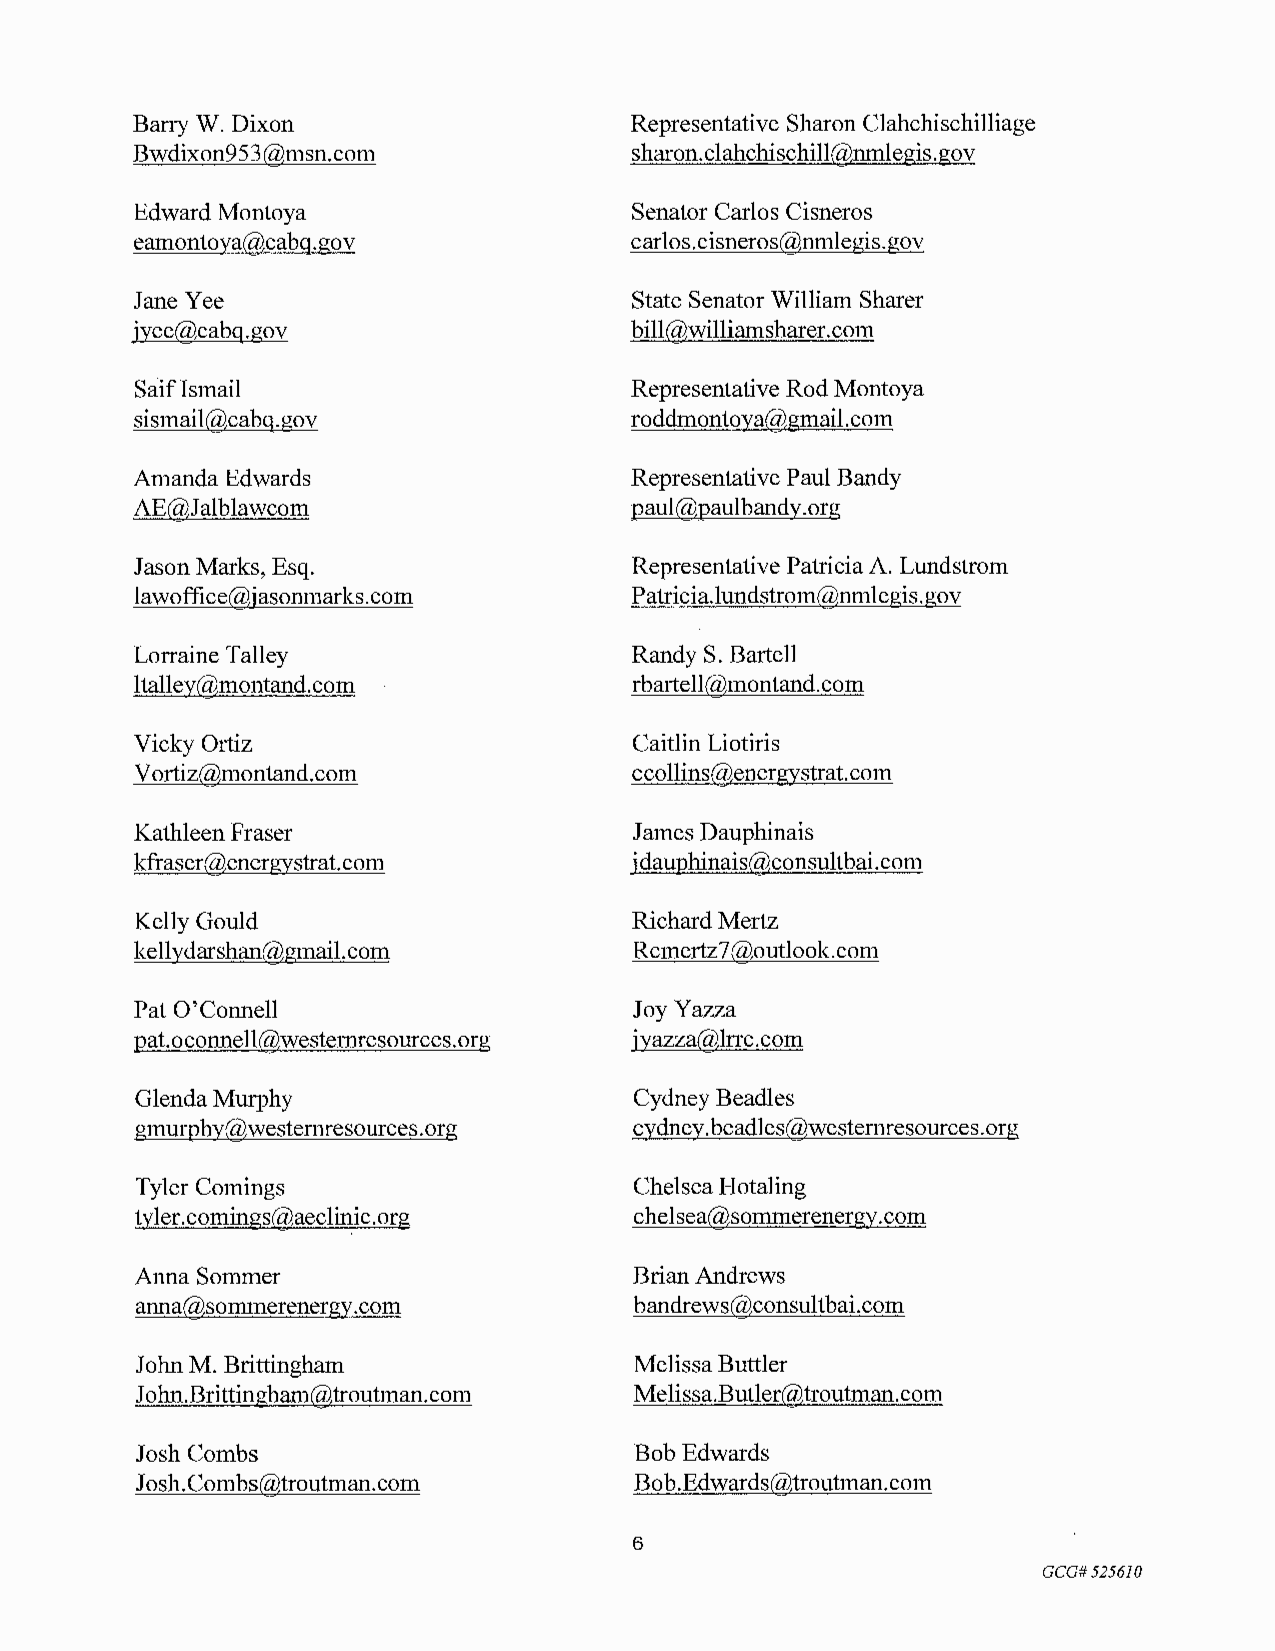
Bany W. Dixon                    Representative Sharon Clahchischilliage
 Bwdixon953@msn.com               sharon.clahchischill@nmlegis.gov
 Edward Montoya                   Senator Carlos Cisneros
 eamontoya@cabq.gov               carlos.cisneros@nmlegis.gov
 Jane Yee                         State Senator William Sharer
 jyee@cabg.gov                    bill@williamsharer.com
 Saiflsmail                       Representative Rod Montoya
 sismail@cabq.gov                 roddmontoya@gmail.com
 Amanda Edwards                   Representative Paul Bandy
 AE@J alblawcom                   paul@paulbandy.org
 Jason Marks, Esq.                Representative Patricia A. Lundstrom
 lawoffice@jasonmarks.com         Patricia.lundstrom@nmlegis.gov
 Lorraine Talley                  Randy S. Bartell
 ltalley@montand.com              rbartell@montand.com
 Vicky Ortiz                      Caitlin Liotiris
 Vortiz@montand.com               ccollins@energystrat.com
 Kathleen Fraser                  James Dauphinais
 kfraser@energystrat.com          jdauphinais@consultbai.com
 Kelly Gould                      Richard Mertz
 kellydarshan@gmail.com           Rcmertz7@outlook.com
 Pat O'Connell                    JoyYazza
 pat.oconnell@westernresources.org jyazza@lrrc.com
 Glenda Murphy                    Cydney Beadles
 gmurphy@westernresources.org     cydney.beadles@westernresources.org
 Tyler Comings                    Chelsea Hotaling
 tyler.comings@aeclinic.org       chelsea@sommerenergy.com
 Anna Sommer                      Brian Andrews
 anna@sommerenergy.com            bandrews@consultbai.com
 John M. Brittingham              Melissa Buttler
 J ohn.Brittinghan1@troutman.com  Melissa.Butler@troutman.com
 Josh Combs                       Bob Edwards
 Josh.Combs@troutman.com          Bob.Edwards@troutman.com
 6
 GCG#525610